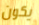
يكون